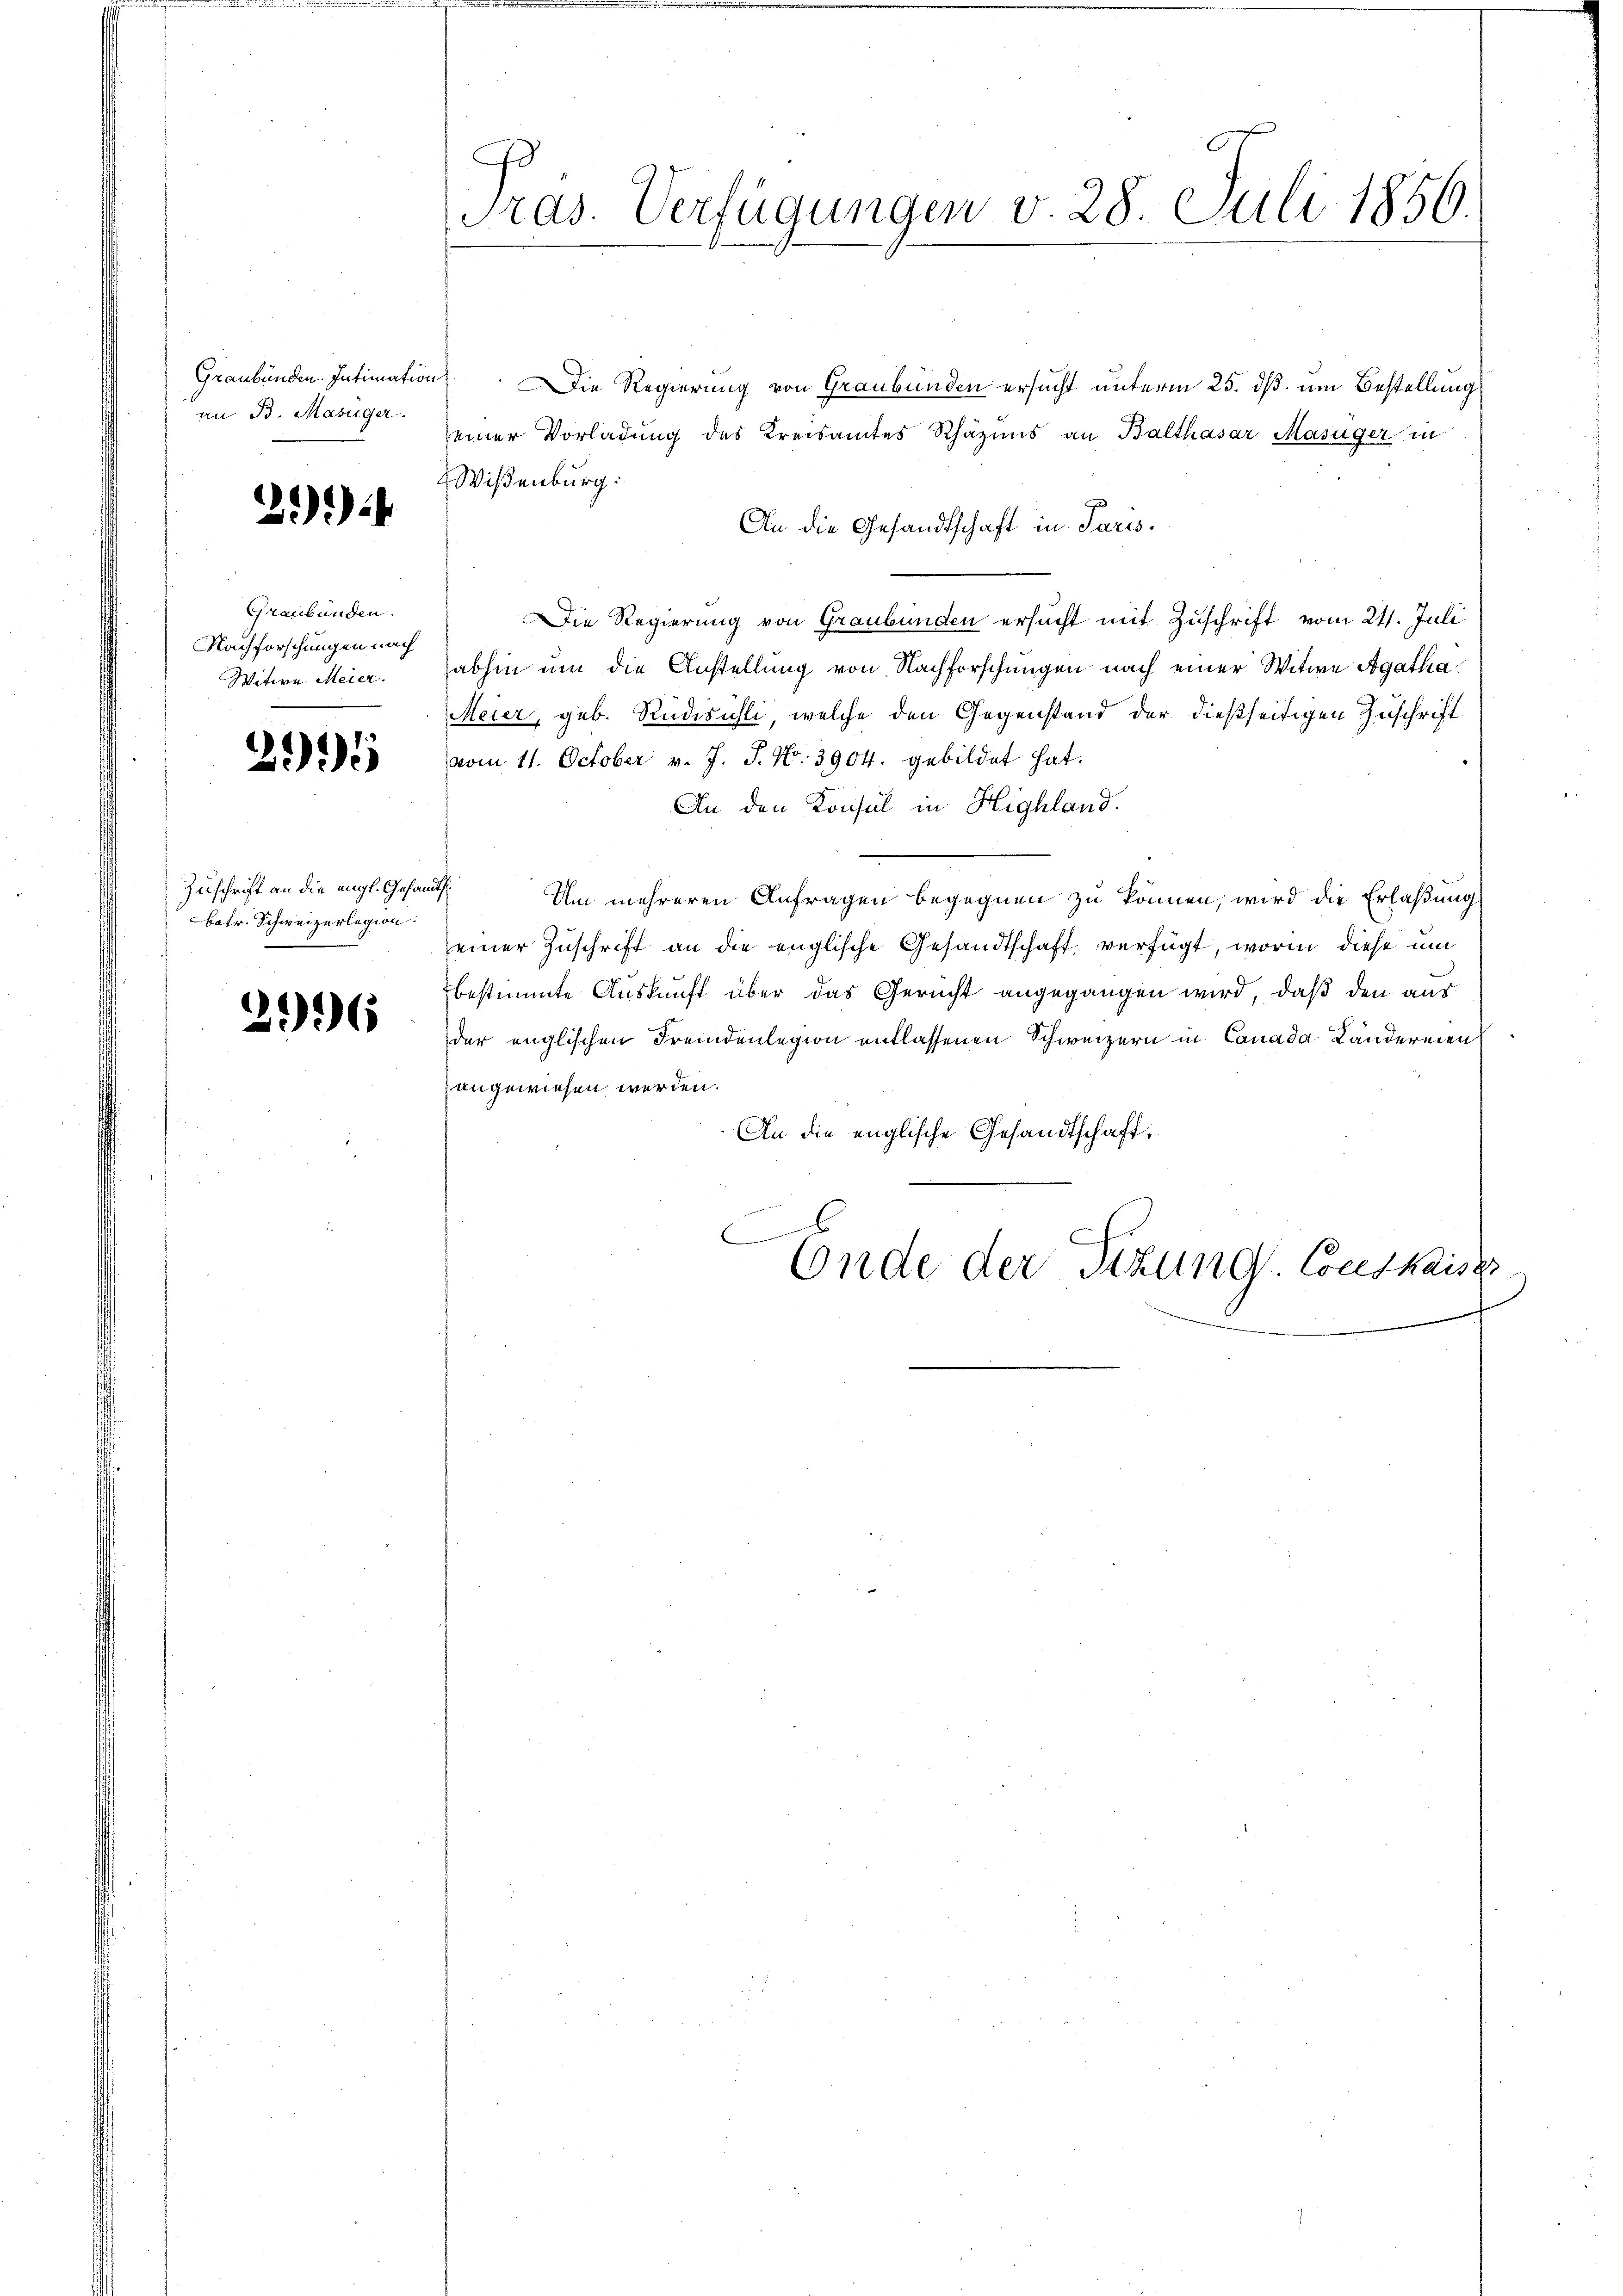
Graubünden. Intimation
an B. Masüger.

3.)

Graubünden.
Nachforschungen nach
Witwe Meier.

2996

Zuschrift an die engl. Gesand
batr. Schweizerlegion.

296

Pras. Verfügungen v. 28. Juli 1856.

Die Regierung von Graubünden ersucht unterm 25. dß um Bestellung
einer Vorladung des Kreisamtes Rhäzins an Balthasar Masüger in
Wißenburg:
An die Gesandtschaft in Paris.
Die Regierung von Graubünden ersucht mit Zuschrift vom 24. Juli
abhin um die Anstellung von Nachforschungen nach einer Witwe Agatha
Meier, geb. Rudisüsli, welche den Gegenstand der dießseitigen Zuschrift
vom 11. October v. J. J. No. 3904. gebildet hat.
An den Konsul in Highland.
Um mehreren Anfragen begegnen zu können, wird die Erlaßung
seiner Zuschrift an die englische Gesandtschaft verfügt, worin diese um
bestimmte Auskunft über das Gericht angegangen wird, daß den aus
der englischen Fremdenlegion entlassenen Schweizern in Canada Ländereien
angewiesen werden.
An die englische Gesandtschaft,
C
Ende der Sitzung. Conskaiser